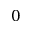
0